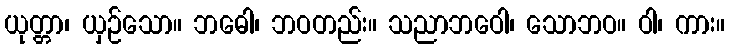
ယုတ္တာ၊ ယှဉ်သော။ ဘဓေါ၊ ဘဝတည်း။ သညာဘဝေါ၊ သောဘဝ။ ဝါ၊ ကား။